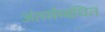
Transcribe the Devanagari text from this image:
अंतर्सम्बंधित